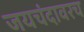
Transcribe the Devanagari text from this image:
जयचंदावरच